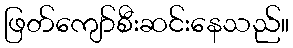
ဖြတ်ကျော်စီးဆင်းနေသည်။